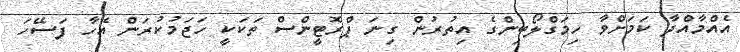
އެއްމާއްދާ ކަމަށްވާ ހިމަގްލޯބިންގެ އިތުރުން ގިނަ ޕްރޮޓީންސް ތަކަކީ ހަޖަމުކުރަން އެހާ ފަސޭހަ